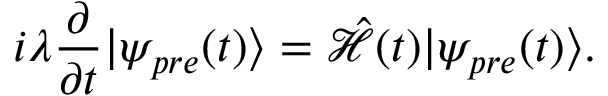
i \lambda \frac { \partial } { \partial t } | \psi _ { p r e } ( t ) \rangle = \hat { \mathcal { H } } ( t ) | \psi _ { p r e } ( t ) \rangle .